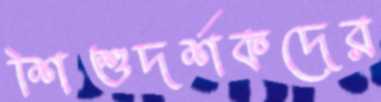
শিশুদর্শকদের